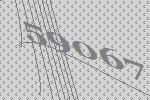
59067